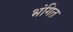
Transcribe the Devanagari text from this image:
भंगित